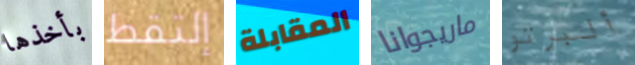
بأخذها إلتقط المقابلة ماريجوانا ألبرتو